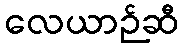
လေယာဉ်ဆီ